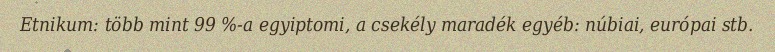
Etnikum: több mint 99 %-a egyiptomi, a csekély maradék egyéb: núbiai, európai stb.